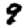
Digit: 9